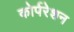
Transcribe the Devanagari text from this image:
कोर्परेशन